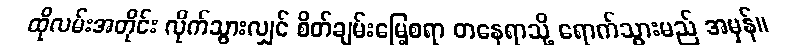
ထိုလမ်းအတိုင်း လိုက်သွားလျှင် စိတ်ချမ်းမြေ့စရာ တနေရာသို့ ရောက်သွားမည် အမှန်။